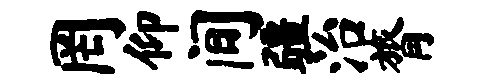
罔仰间疆治膂